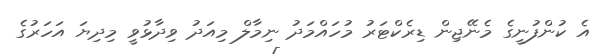
އެ ކުންފުނީގެ މެނޭޖިން ޑިރެކްޓަރު މުހައްމަދު ނިމާލް މިއަދު ވިދާޅުވީ މިދިޔަ އަހަރުގެ